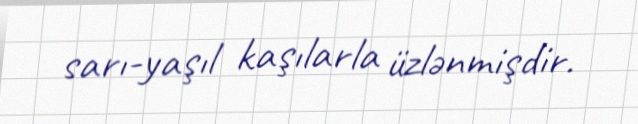
sarı-yaşıl kaşılarla üzlənmişdir.